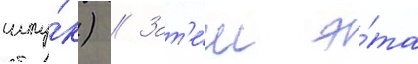
шту́к) // Зат'е́м э́та